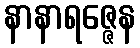
နာနာရဇ္ဇေန